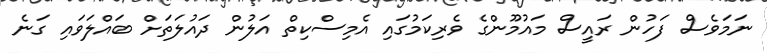
ނަމަވެސް ފަހުން ރައީސް މައުމޫންގެ ވެރިކަމުގައި އެމިސްކިތް އަލުން ދައުލަތަށް ބައްލަވައި ގަނެ